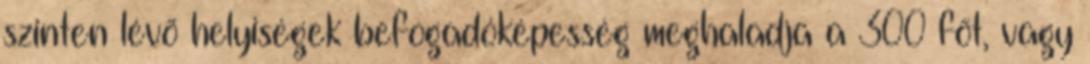
szinten lévõ helyiségek befogadóképesség meghaladja a 300 fõt, vagy